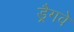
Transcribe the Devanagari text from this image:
ड्रैगवे